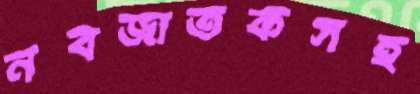
নবজাতকসহ